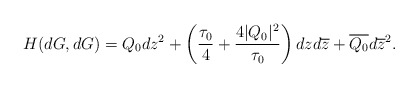
\begin{align*}H(dG,dG)=Q_0dz^2+\left(\frac{\tau_0}{4}+\frac{4|Q_0|^2}{\tau_0}\right)dzd\overline{z}+\overline{Q_0}d\overline{z}^2.\end{align*}